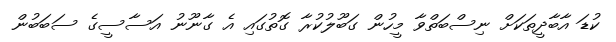
ކުޑަ އާބާދީތަކަށް ނިސްބަތްވާ މީހުން ގަބޫލުކުރާ ގޮތުގައި އެ ގާނޫނު އަސާސީގެ ސަބަބުން